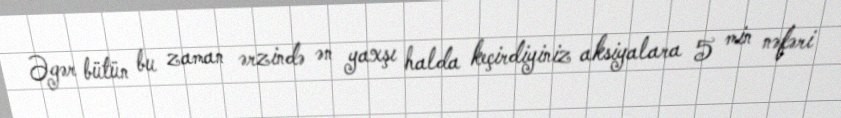
Əgər bütün bu zaman ərzində ən yaxşı halda keçirdiyiniz aksiyalara 5 min nəfəri